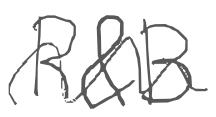
Text: R&B
Cross-out: wave
Writing tool: digital_gray